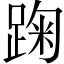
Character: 踘